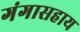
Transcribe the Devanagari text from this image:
गंगासहाय